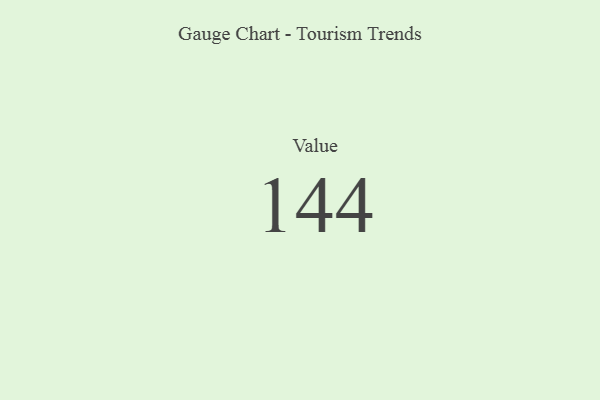
{"axis": {"x": "Metric", "y": "Value"}, "legend": [""], "data": [{"x": "Value", "y": 144, "type": ""}]}